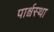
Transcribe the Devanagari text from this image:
पार्श्वस्था